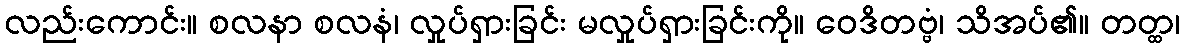
လည်းကောင်း။ စလနာ စလနံ၊ လှုပ်ရှားခြင်း မလှုပ်ရှားခြင်းကို။ ဝေဒိတဗ္ဗံ၊ သိအပ်၏။ တတ္ထ၊